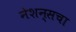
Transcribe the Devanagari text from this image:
नेशन्सचा